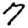
Digit: 7